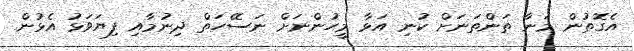
އެގޮތުން މަނާ ތަންތަނަށް ކުނި އަޅާ މީހުންނަށް ނަސޭހަތް ދިނުމާއި ފިޔަވަޅު އެޅުން